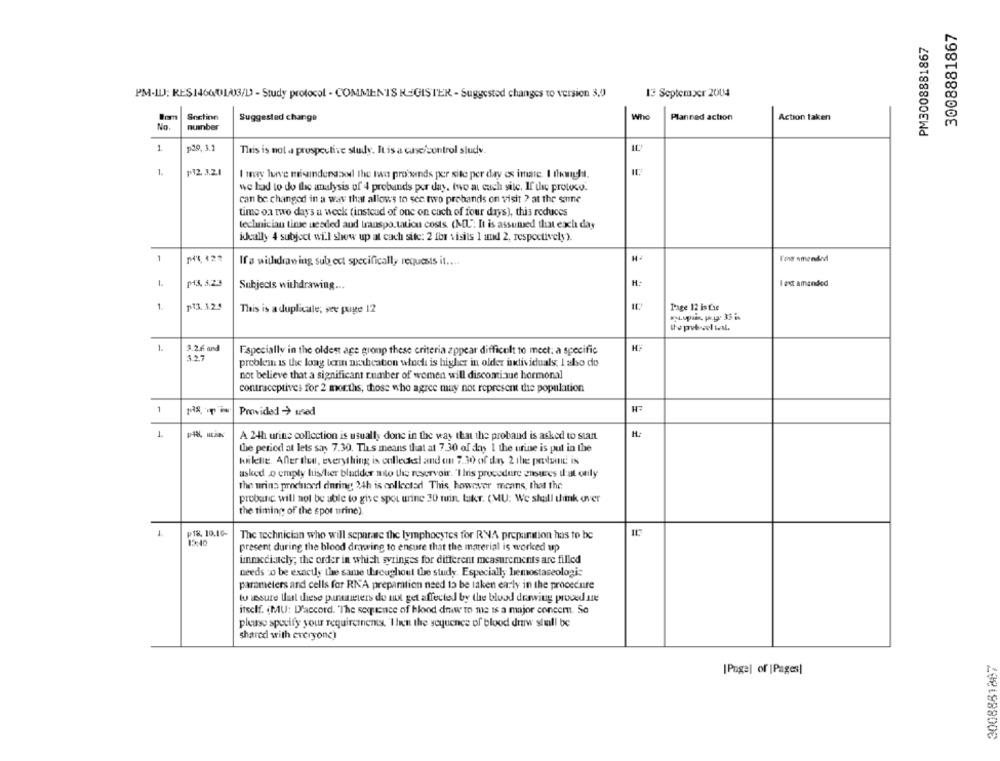
3008881867
PM3008881867
13 September 2004
PM-ILJ; RES1460013/D - Study protocol - COMMENTS REGISTER - Suggested changes to version 3.0
Section
Who
Suggested change
Planned action
Action taken
No.
nuinber
1
p39, 3.1
This is not a prospective study. It is a case/control study.
1.
₱12. 3.21
I may lowve mindengood the two probonds per site per day es imate. I thought.
we had to do the analysis of 4 probands per day. two at cuch site. If the protoco.
can be changed in a way that allows to see two prohands on visit ? at the same
timo oa two days a week (instead of one on cuch of four days), this reduces
technician time needed and transpo.tatiou costs (MU". It is assumed that each day
ideally 4 subject will show up at cuch site: 2 for visits 1 and 2, respectively).
1
ME 123
Ifa withdrawing sub ect specifically requests it ....
1.
M3. 5.23
H:
Subjects withdrawing ...
I axt amended
p33. 3.2.5
1.
This is a duplicate; see page 12
Page 12 is tie
thepetrvel wal.
1.
2.2.6 and
Especially in the oldest age group these criteria appear difficult to meet: a specific
3.27
problem is the long term arahcation włoch is higher in older iktividuals, I also do
not believe that a significant number of women will discontinue hormonal
contraceptives for 2 months, those who agree may not represent the population
1
Provided > used
H.
A 24h urine collection is usually done in the way that the proband is asked to stan
the period at lets say 7.30. This means that at 7.30 of day 1 the urine is put in the
huiletie. After the, everything is calledked and on 7.30 of day 2 the print is
asked o empty hischier bladder mto the reservoir. "I his procedure ensures il'at only
the urina prochuaedl during 24h is collected This, however means, that the
probanc will not be able to give spot urine 30 min. Likr. (MU: We shall timk over
the timing of the spot urine)
1
P18, 10.10-
The technician who will separate the lymphocytes for RNA preparation has to be
12:40
present during the blood drawing to ensure that the material is worked up
immediately; the order in which syringes for different measurements are filled
needs to be exactly the same throughout the study. Especially hemostaseologie
parameters and cells for RNA preparation need to be taken early in the procedure
to insure that these parameters do mix get affected by the blood drawing procedure
itself. (MU: D'accord. "The sequence of blood draw to me is a major concem. Se
please specify your requirements, 'I hen the sequence of blood draw stull be
shared with everyone)
2008881887
[Page] of |Pages]